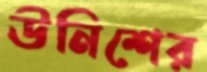
ঊনিশের